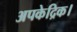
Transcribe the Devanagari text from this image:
अपकेद्रिक।